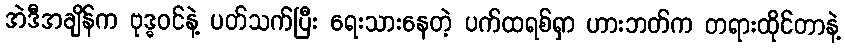
အဲဒီအချိန်က ဗုဒ္ဓဝင်နဲ့ ပတ်သက်ပြီး ရေးသားနေတဲ့ ပက်ထရစ်ရှာ ဟားဘတ်က တရားထိုင်တာနဲ့